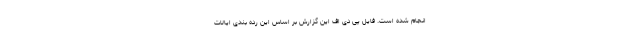
انجام شده است. فایل پی دی اف این گزارش بر اساس این رده بندی ایالات